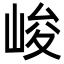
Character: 峻